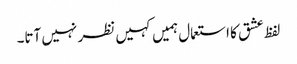
لفظ عشق کا استعمال ہمیں کہیں نظر نہیں آتا۔